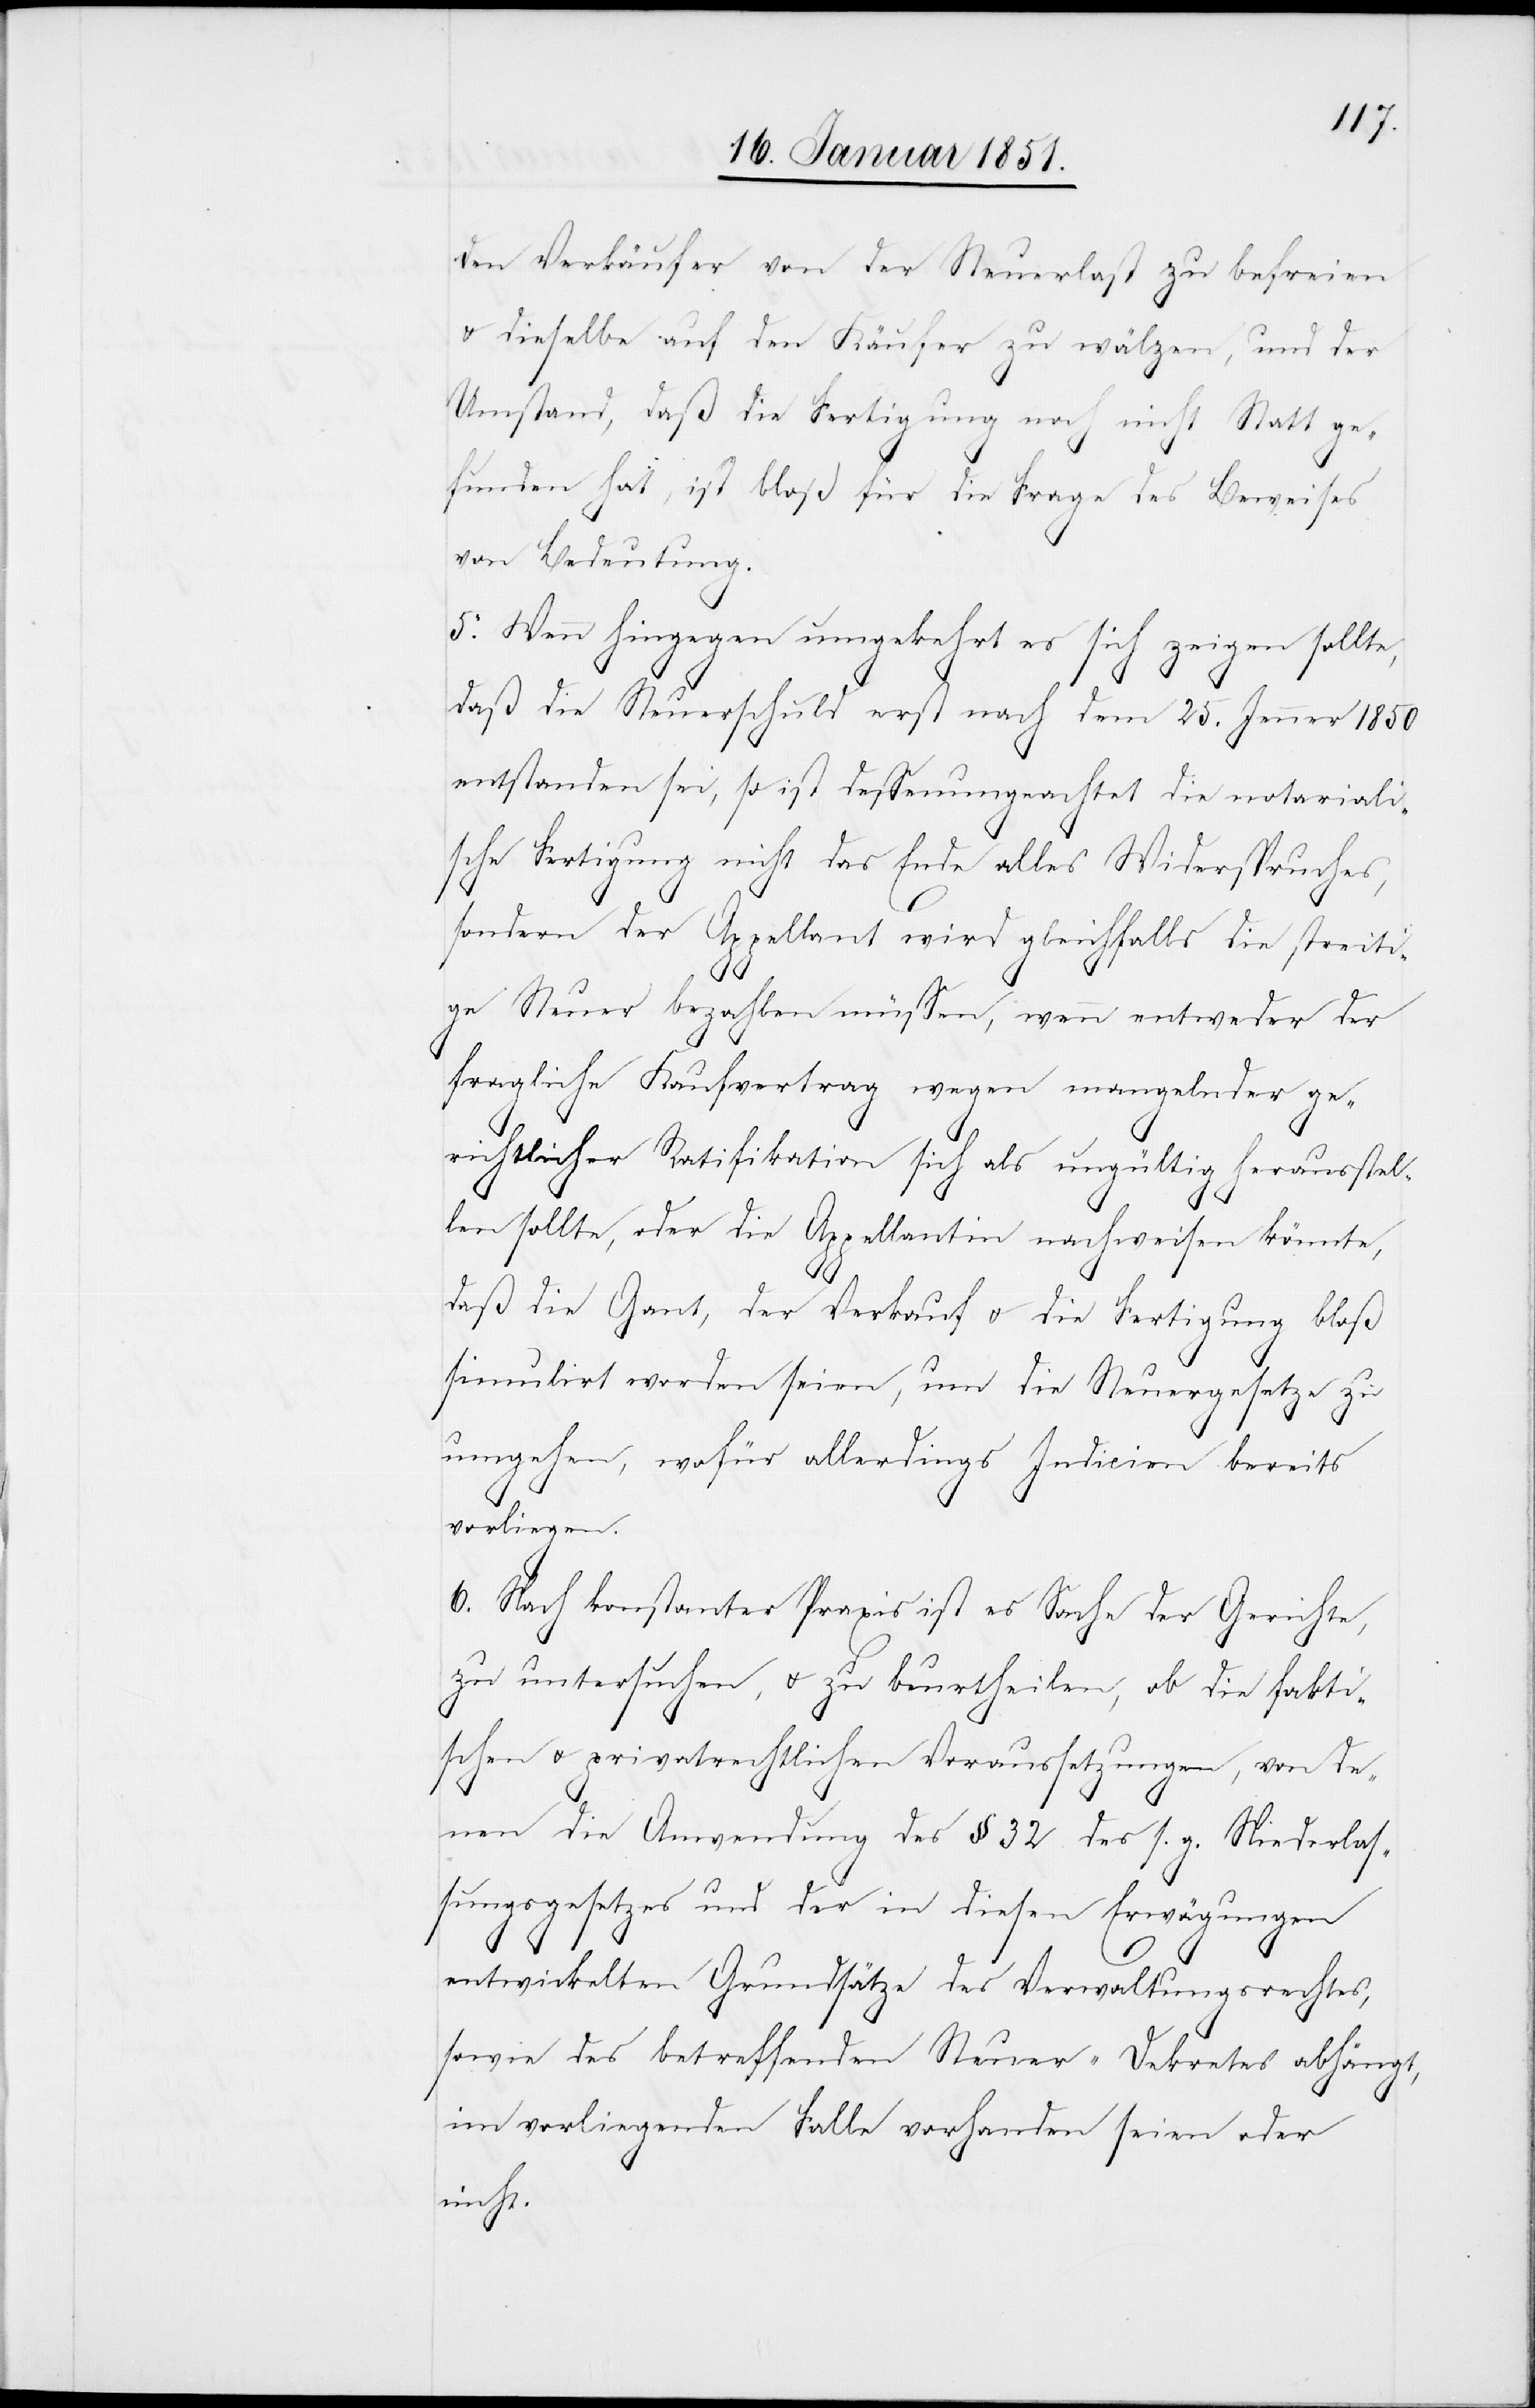
den Verkäufer von der Steuerlast zu befreien
u. dieselbe auf den Käufer zu wälzen, und der
Umstand, daß die Fertigung noch nicht Statt ge¬
funden hat, ist bloß für die Frage des Beweises
von Bedeutung.
5. Wenn hingegen umgekehrt es sich zeigen sollte,
daß die Steuerschuld erst nach dem 25. Jenner 1850
entstanden sei, so ist dessenungeachtet die notariali¬
sche Fertigung nicht das Ende alles Widerspruches,
sondern der Appellant wird gleichfalls die streiti¬
ge Steuer bezahlen müssen, wenn entweder der
fragliche Kaufvertrag wegen mangelnder ge¬
richtlicher Ratifikation sich als ungültig herausstel¬
len sollte, oder die Appellantin [recte: Appe¬
daß die Gant, der Verkauf u. die Fertigung bloß
simulirt worden seien, um die Steuergesetze zu
umgehen, wofür allerdings Indicien bereits
vorliegen.
6. Nach konstanter Praxis ist es Sache der Gerichte,
zu untersuchen, u. zu beurtheilen, ob die fakti¬
schen u. privatrechtlichen Voraussetzungen, von de¬
nen die Anwendung des § 32 des s. g. Niederlas¬
sungsgesetzes und der in diesen Erwägungen
entwickelten Grundsätze des Verwaltungsrechtes,
sowie des betreffenden Steuer-Dekretes abhängt,
im vorliegenden Falle vorhanden seien oder
nicht.